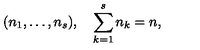
( n _ { 1 } , \ldots , n _ { s } ) , \quad \sum _ { k = 1 } ^ { s } n _ { k } = n ,